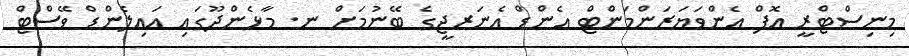
މިނިސްޓްރީ އޮފް އެންވަޔަރަންމަންޓް އެންޑް އެނަރޖީގެ ބޭނުމަށް ނ. މާޅެންދޫގައި އައިލެންޑް ވޭސްޓް